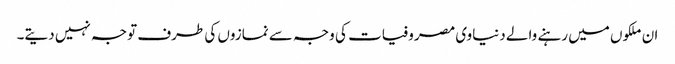
ان ملکوں میں رہنے والے دنیاوی مصروفیات کی وجہ سے نمازوں کی طرف توجہ نہیں دیتے۔